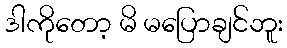
ဒါကိုတော့ မိ မပြောချင်ဘူး